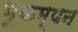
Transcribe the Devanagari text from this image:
भूकम्पन